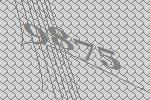
9875